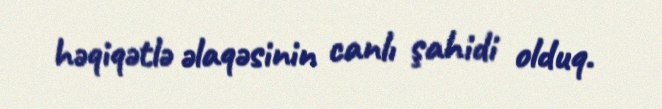
həqiqətlə əlaqəsinin canlı şahidi olduq.